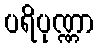
ပရိပုဏ္ဏာ